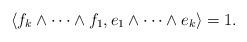
LaTeX: \begin{align*}\langle f_{k} \wedge \cdots \wedge f_{1}, e_{1}\wedge \cdots \wedge e_{k}\rangle = 1.\end{align*}